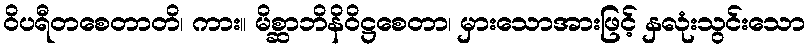
ဝိပရီတစေတာတိ၊ ကား။ မိစ္ဆာဘိနိဝိဋ္ဌစေတာ၊ မှားသောအားဖြင့် နှလုံးသွင်းသော